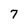
Character: 7